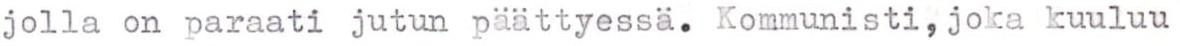
jolla on paraati jutun päättyessä. Kommunisti, joka kuuluu